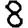
Digit: 8